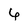
Character: 6